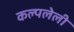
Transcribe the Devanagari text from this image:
कल्पलेली